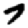
Digit: 7